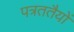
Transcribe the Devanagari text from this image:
पत्रततैयों